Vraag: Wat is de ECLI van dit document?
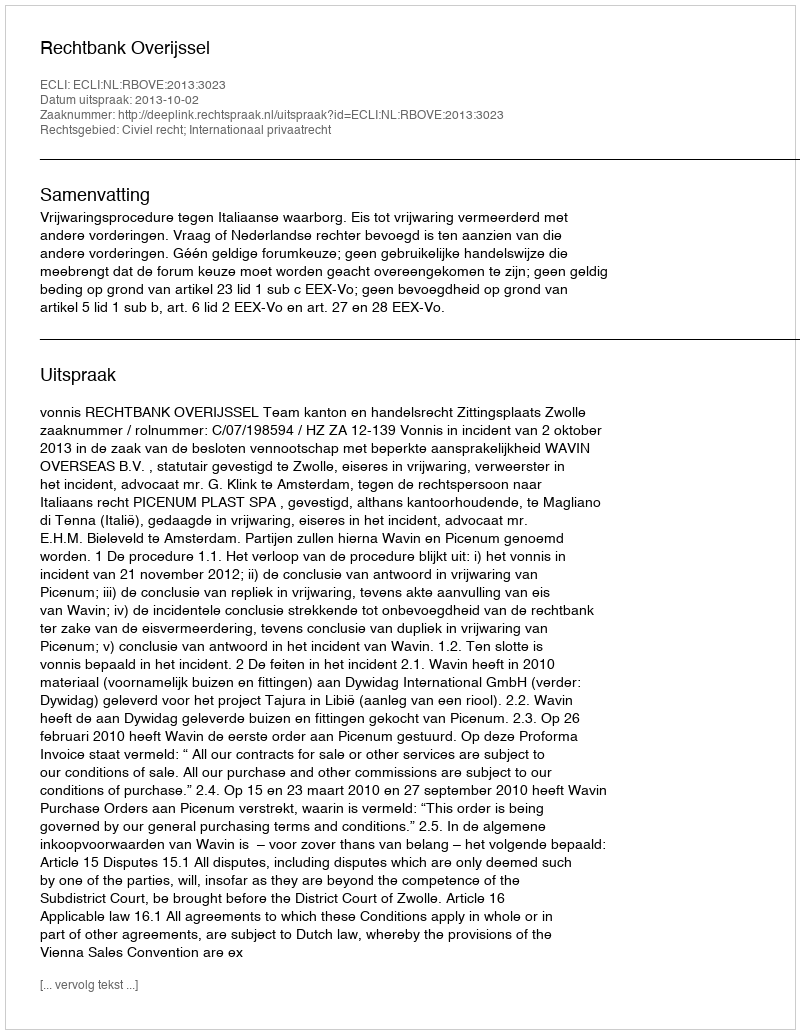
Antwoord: ECLI:NL:RBOVE:2013:3023